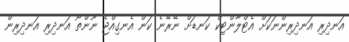
އަނދިރި އަނދިރިންނަކަށް އެޓްލާންޓިކް ކަނޑަށް ނޭރޭނެ ކަން އެނގިއްޖެ ނޫންތޯ އަނދިރި އަނދިރިން